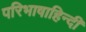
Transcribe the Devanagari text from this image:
परिभाषाहिन्दी